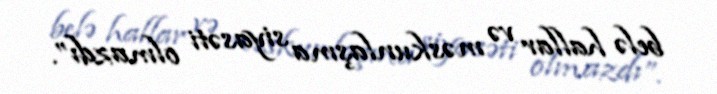
belə hallar və məskunlaşma siyasəti olmazdı”.